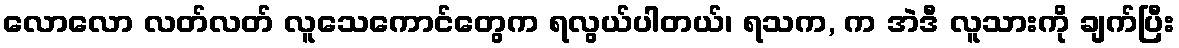
လောလော လတ်လတ် လူသေကောင်တွေက ရလွယ်ပါတယ်၊ ရသက, က အဲဒီ လူသားကို ချက်ပြီး